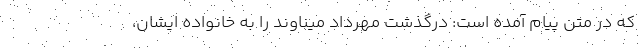
که در متن پیام آمده است: درگذشت مهرداد میناوند را به خانواده ایشان،